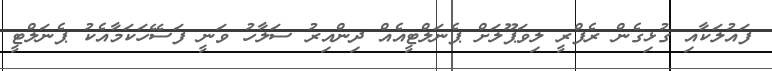
ފައުލަކާއި ގުޅިގެން ރެފްރީ ލިވަޕޫލަށް ޕެނަލްޓީއެއް ދިންއިރު ސަލާހު ވަނީ ފަސޭހަކަމާއެކު ޕެނަލްޓީ